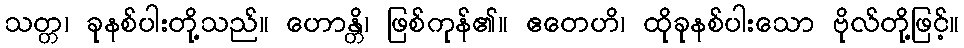
သတ္တ၊ ခုနစ်ပါးတို့သည်။ ဟောန္တိ၊ ဖြစ်ကုန်၏။ ဧတေဟိ၊ ထိုခုနစ်ပါးသော ဗိုလ်တို့ဖြင့်။